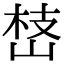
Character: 㟚